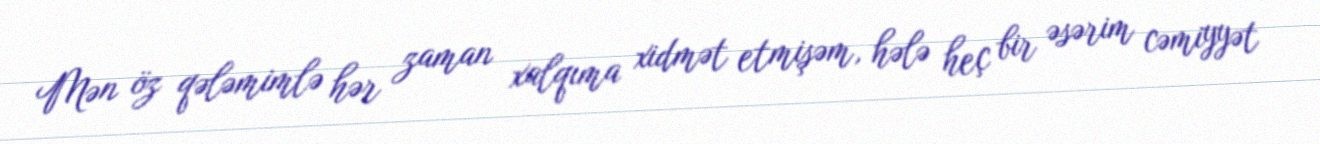
Mən öz qələmimlə hər zaman xalqıma xidmət etmişəm, hələ heç bir əsərim cəmiyyət